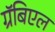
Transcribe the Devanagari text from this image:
ग्रॅबिएल